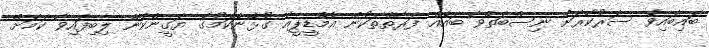
ބައިބައިވެ ސަރުކާރަށް ނިސްބަތްވާ ބައެއް ފަރާތްތަކުން އެމްޑީޕީއާ ގުޅޭނެކަމުގެ ޔަގީންކަން ލިބިފައިވާ ކަމަށް